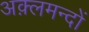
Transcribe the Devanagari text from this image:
अक़्लमन्दों